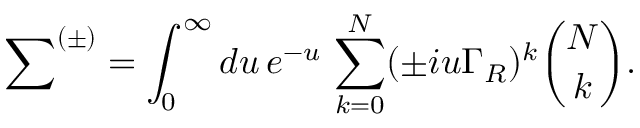
{ \sum } ^ { ( \pm ) } = \int _ { 0 } ^ { \infty } d u \, e ^ { - u } \, \sum _ { k = 0 } ^ { N } ( \pm i u \Gamma _ { R } ) ^ { k } { \binom { N } { k } } .